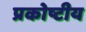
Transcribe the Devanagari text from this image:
प्रकोष्टीय